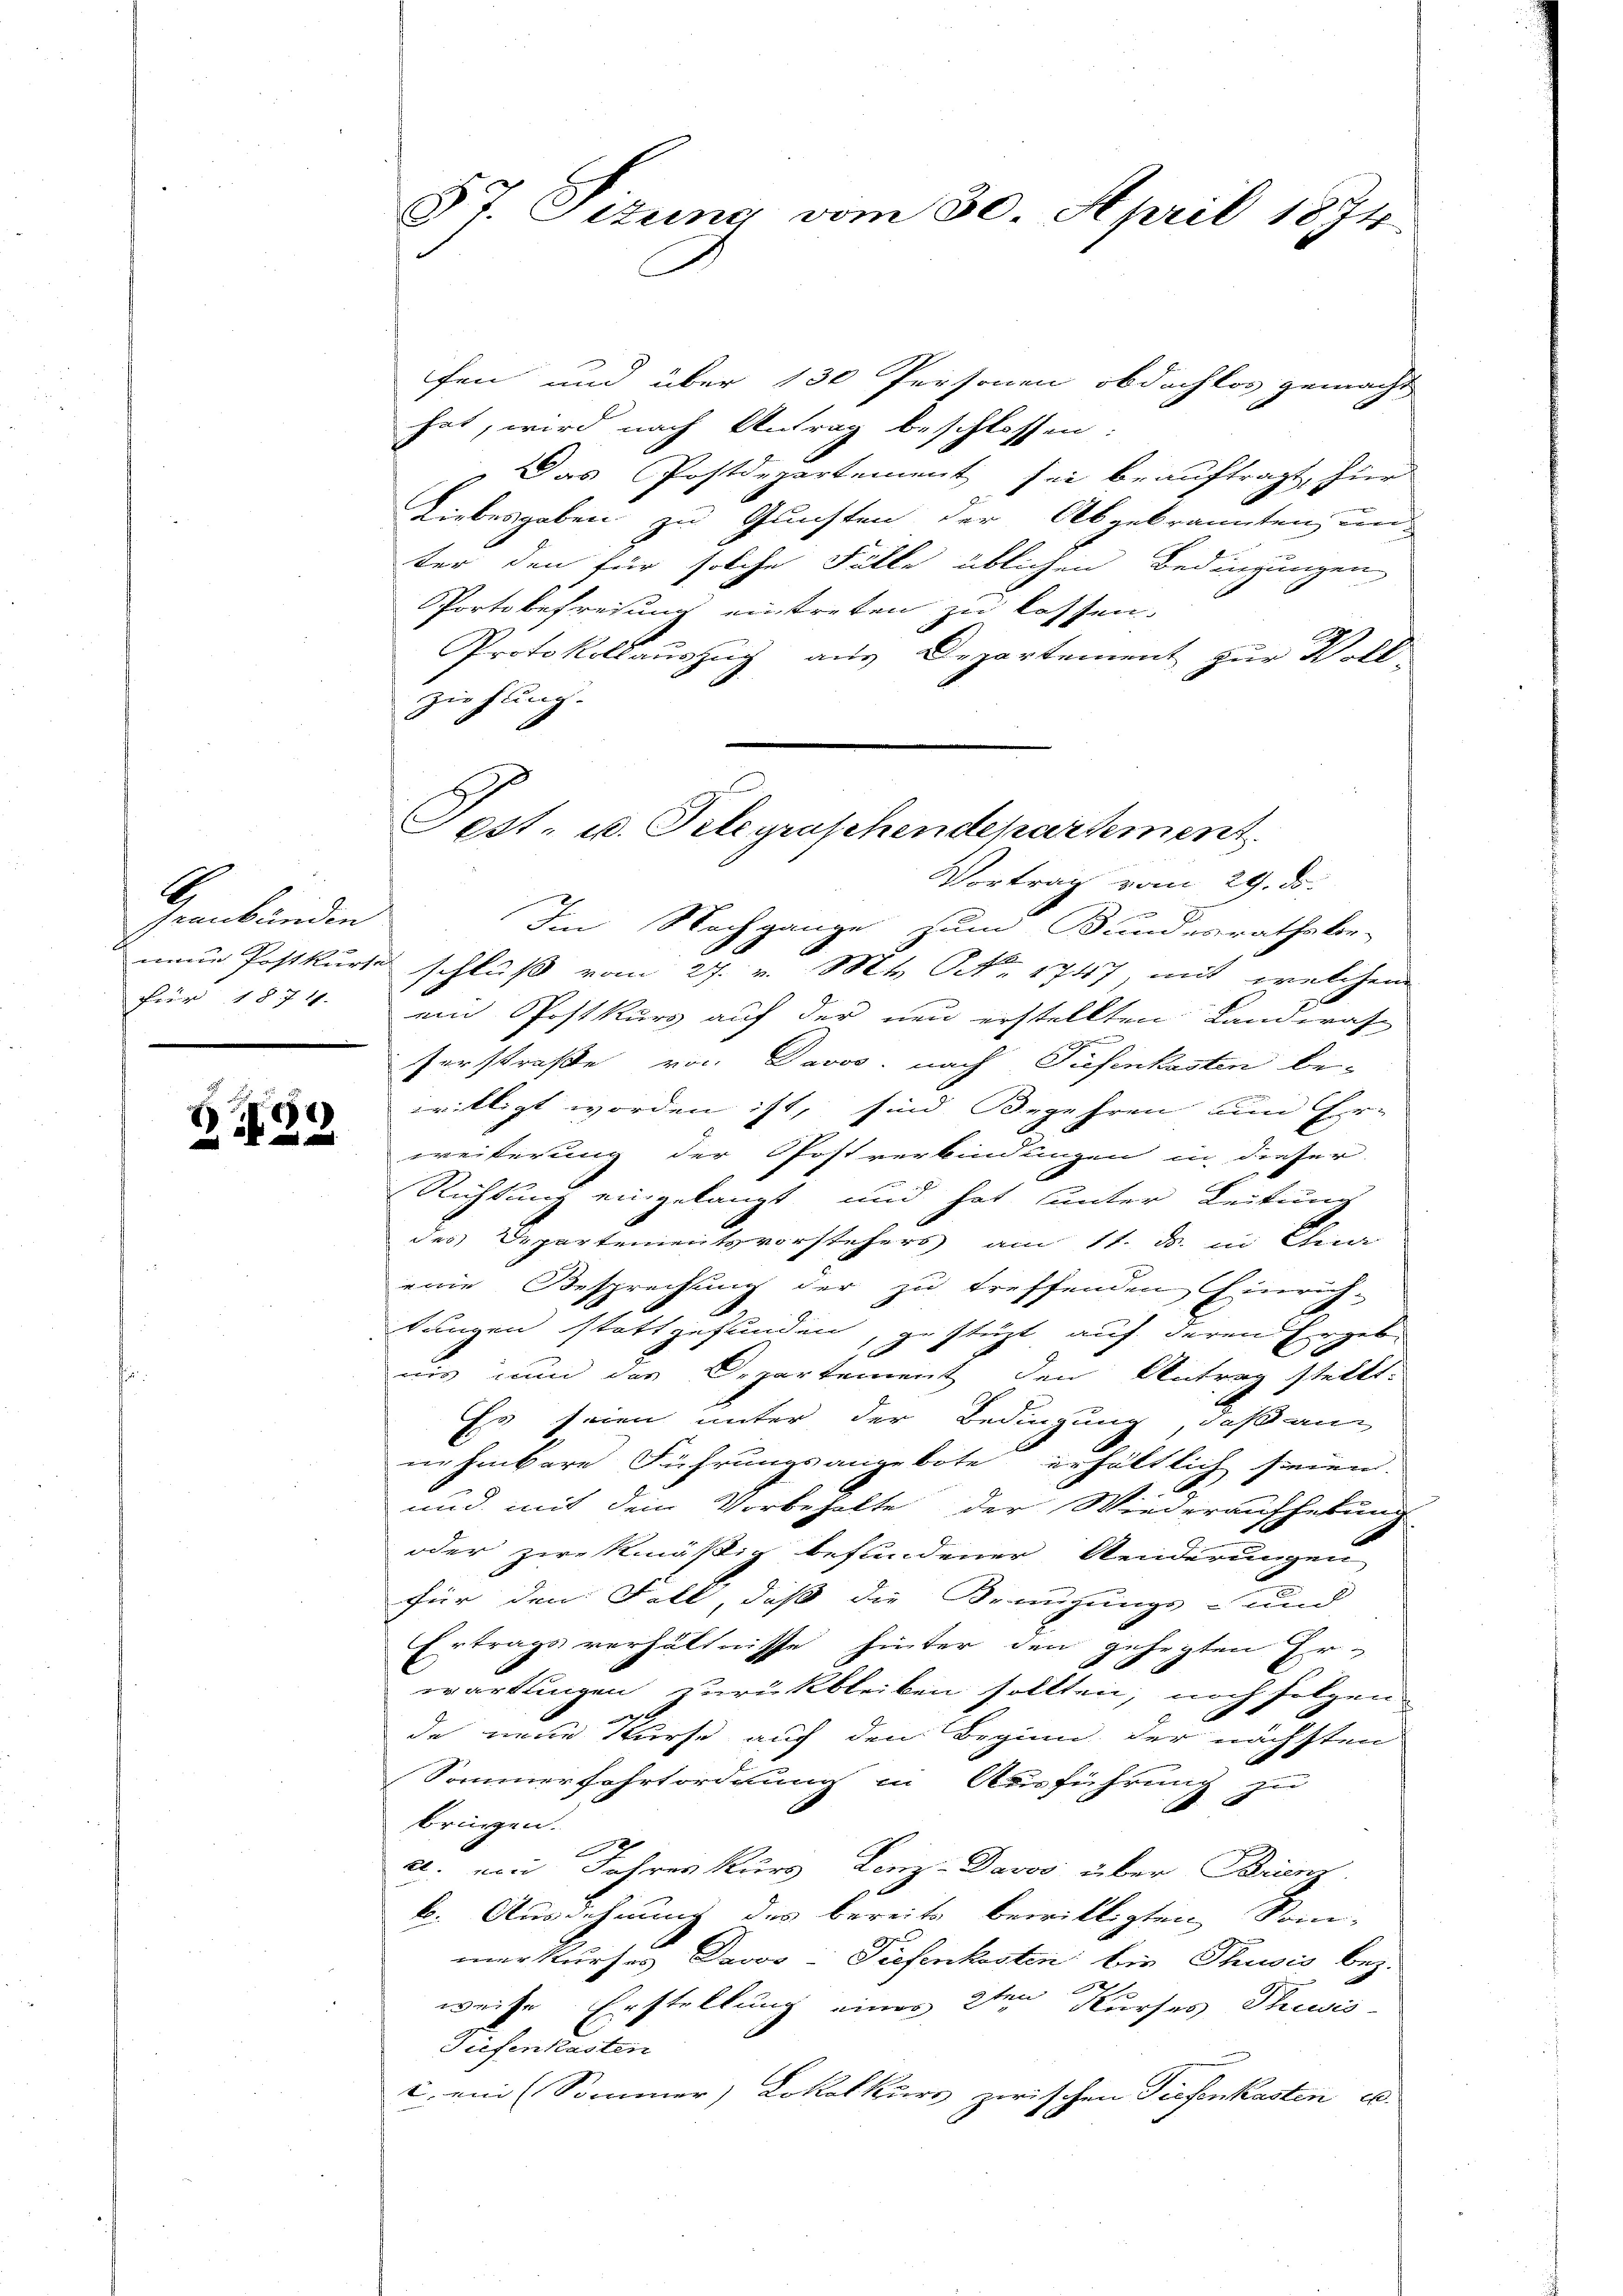
G
srenbänden
frug 1874.

64)
7

5t. Situng vom 30. April 1874.

fen und über 130 Personen obdachtos gemacht
hat, wird nach Antrag beschlossen:
" Das Postdepartement sei beauftragt, hier
Liebesgaben zu Gunsten der Abgebrannten un-
ter den für solche Fälle üblichen Bedingungen
Portsbefreiung eintreten zu lassen.
Protokollauszug aus Departement zur Voll-
ziehung.
neue Postkurse schluß vom 27. v. M. NNo. 1747, mit welchem
ein Postkurs auf der neu erstellten Landerat

serstraße von Davos, nach Tiefenkasten be-
willigt worden ist, sind Begehren um Er-
weiterung der Postverbindungen in dieser
Richtung eingelangt und hat unter Leitung
E
des Departementsvorstehers am 11. ds. in Quar
eine Besprechung der zu treffenden Einrich-
lungen stattgefunden, gestüzt auf deren Ergeb-
e
nis zum des Departement den Antrag stellt.
E
Es seien unter der Bedingung, daß an
nehmbare Führungsangebote erhältlich seien.
e
2
und mit dem Vorbehalte der Wiederaufhebung
oder zwekmäßig befundener Aenderungen
für den Fall, dass die Kreuzungs- und
Ertragsverhältnisse hinter den gehegten Erwartungen zurückbleiben sollten, noch folgen
de neue Kurse auch den Beginn der nächsten
Sommerfahrtordnung in Ausführung

bringen.
a. von Jahren Kurs Lenz-Davos über Branz
b. Ausdehnung des bereits bewilligten Som-
merkurses Davor Tiefenkosten bis Thusis bez.
h
weise Erstellung einer 2ten Kurses Thuwis
Tiefenkasten
c. ein (Sommer) Lokalkurs zwischen Tiefenkasten u.

Fest- u. Telegraschendepartement.
Vortrag vom 29. ds.
Im Nachgange zum Bundesrathsbe-